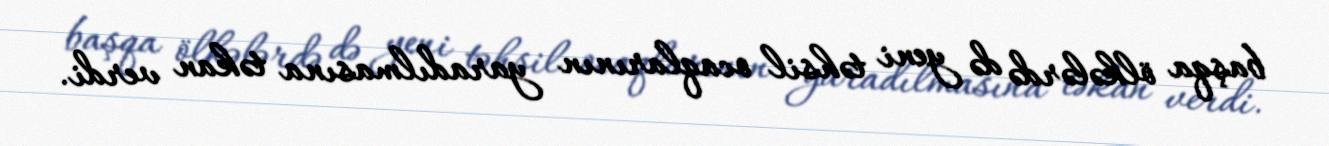
başqa ölkələrdə də yeni təhsil ocaqlarının yaradılmasına təkan verdi.